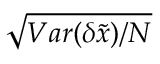
\sqrt { V a r ( \delta \tilde { x } ) / N }